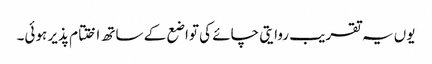
یوں یہ تقریب روایتی چائے کی تواضع کے ساتھ اختتام پذیر ہوئی۔